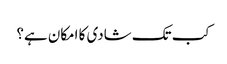
کب تک شادی کا امکان ہے؟